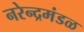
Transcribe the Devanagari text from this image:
नरेन्द्रमंडळ